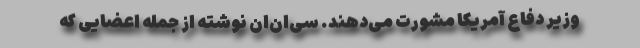
وزیر دفاع آمریکا مشورت می‌دهند. سی‌ان‌‌ان نوشته از جمله اعضایی که